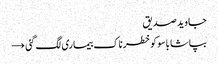
جاوید صدیق
بپاشا باسوکوخطرناک بیماری لگ گئی →